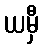
ယမှီ